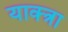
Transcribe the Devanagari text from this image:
याक्त्रा